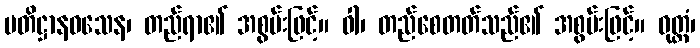
ပတိဋ္ဌာနဝသေန၊ တည်ရာ၏ အစွမ်းဖြင့်။ ဝါ၊ တည်စေတတ်သည်၏ အစွမ်းဖြင့်။ ဝုတ္တံ၊